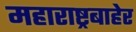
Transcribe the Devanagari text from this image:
महाराष्ट्रबाहेर